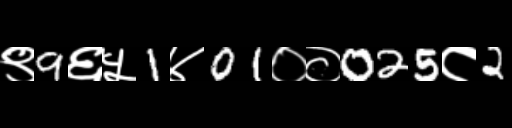
Text: ९9६५1४01००025८2